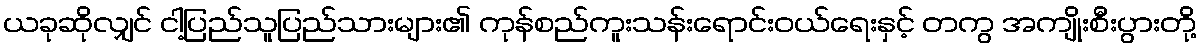
ယခုဆိုလျှင် ငါ့ပြည်သူပြည်သားများ၏ ကုန်စည်ကူးသန်းရောင်းဝယ်ရေးနှင့် တကွ အကျိုးစီးပွားတို့